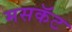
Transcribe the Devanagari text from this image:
मसकॅट